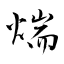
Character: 煓